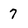
Character: 7